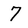
Character: 7